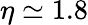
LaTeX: \eta\simeq 1.8